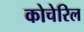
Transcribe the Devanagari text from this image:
कोचेरिल